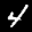
Label: 4